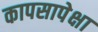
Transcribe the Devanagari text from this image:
कापसापेक्षा